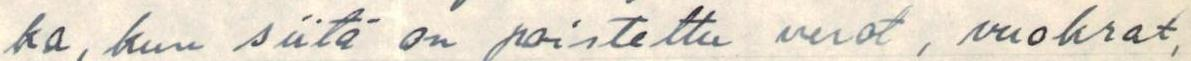
ka, kun siitä on poistettu verot, vuokrat,